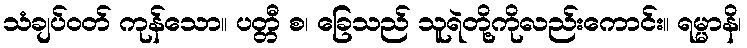
သံချပ်ဝတ် ကုန်သော။ ပတ္တီ စ၊ ခြေသည် သူရဲတို့ကိုလည်းကောင်း။ ရမ္မာနိ၊